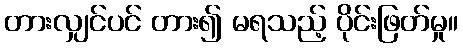
တားလျှင်ပင် တား၍ မရသည့် ပိုင်းဖြတ်မှု။